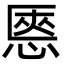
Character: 㥦